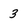
Character: 3